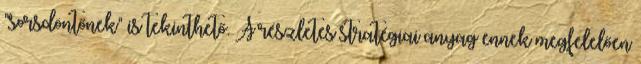
"sorsdöntőnek" is tekinthető. A részletes stratégiai anyag ennek megfelelően